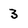
Character: 3